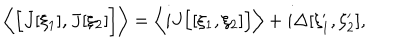
\left\langle \Bigl [ J [ \xi _ { 1 } ] , J [ \xi _ { 2 } ] \Bigr ] \right\rangle = \left\langle i J \Bigl [ [ \xi _ { 1 } , \xi _ { 2 } ] \Bigr ] \right\rangle + i \Delta [ \xi _ { 1 } ^ { \prime } , \xi _ { 2 } ^ { \prime } ] ,